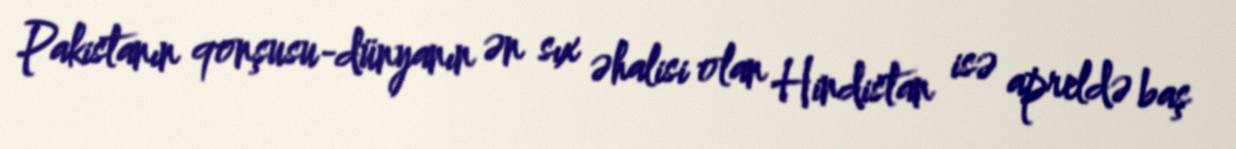
Pakistanın qonşusu-dünyanın ən sıx əhalisi olan Hindistan isə apreldə baş